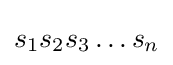
s_{1}s_{2}s_{3}\dots s_{n}